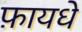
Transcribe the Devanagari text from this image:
फ़ायधे